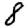
Digit: 8